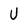
Character: U